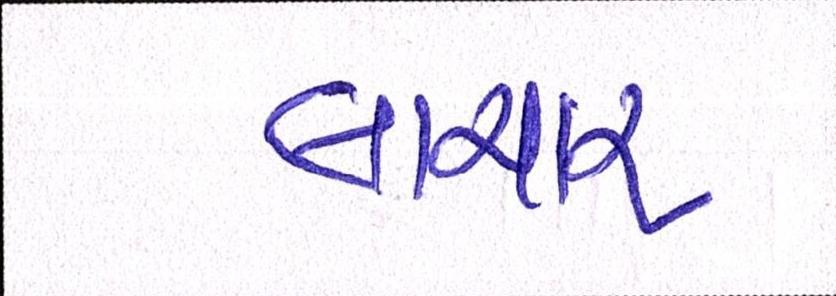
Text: લાચાર